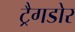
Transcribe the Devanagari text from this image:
ट्रैगडोर